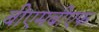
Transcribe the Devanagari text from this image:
बीएमबीएफ